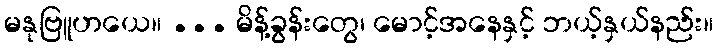
မနုဗြူဟယေ။ ... မိန့်ခွန်းတွေ၊ မောင့်အနေနှင့် ဘယ့်နှယ်နည်း။